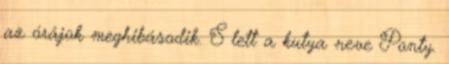
az órájok meghibásodik. S lett a kutya neve Ponty.